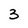
Character: 3